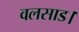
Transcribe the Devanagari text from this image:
वलसाड।